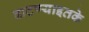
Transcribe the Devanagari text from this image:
वाटण्याइतके